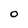
Character: O